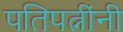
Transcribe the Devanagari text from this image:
पतिपत्नींनी